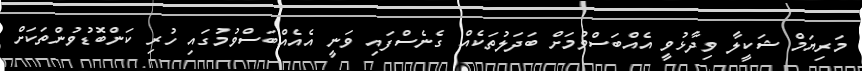
މަރިޔަމް ޝަކީލާ ވިދާޅުވީ އެއްބަސްވުމަށް ބަދަލުތަކެއް ގެނެސްފައި ވަނީ އެއެއްބަސްވުމުގައި ހުރި ކަންބޮޑުވުންތަކަށް